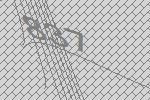
837